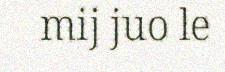
mij juo le